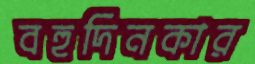
বহুদিনকার